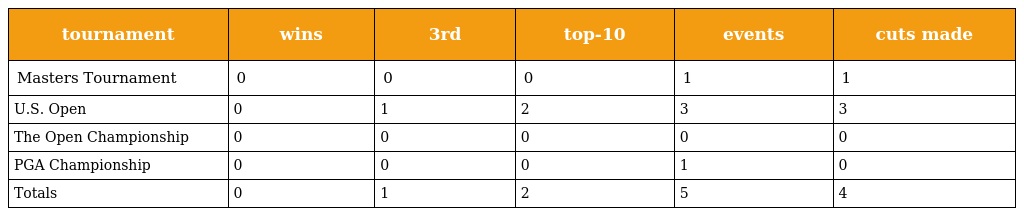
| tournament | wins | 3rd | top-10 | events | cuts made |
 | --- | --- | --- | --- | --- | --- |
 | Masters Tournament | 0 | 0 | 0 | 1 | 1 |
 | U.S. Open | 0 | 1 | 2 | 3 | 3 |
 | The Open Championship | 0 | 0 | 0 | 0 | 0 |
 | PGA Championship | 0 | 0 | 0 | 1 | 0 |
 | Totals | 0 | 1 | 2 | 5 | 4 |